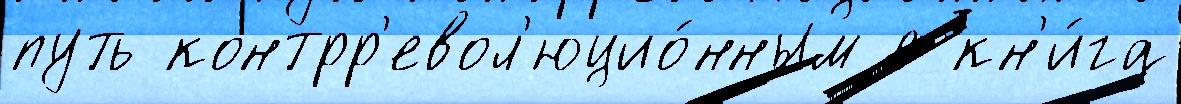
путь контрр'евол'юцио́нным с кн'и́га